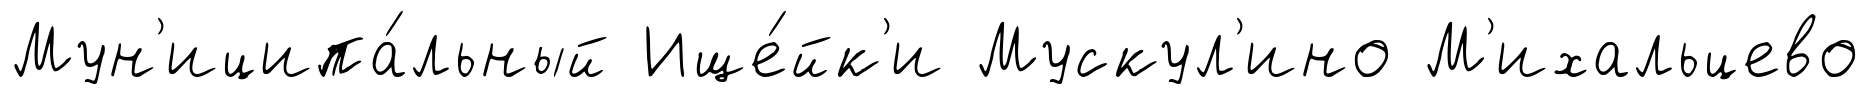
Мун'иципа́льный Ище́йк'и Мускул'ино М'ихальцево